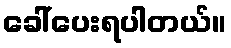
ခေါ်ပေးရပါတယ်။